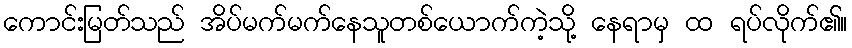
ကောင်းမြတ်သည် အိပ်မက်မက်နေသူတစ်ယောက်ကဲ့သို့ နေရာမှ ထ ရပ်လိုက်၏။